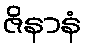
ဇိနာနံ